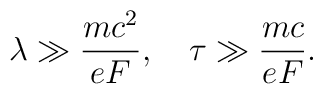
\lambda \gg \frac{mc^2}{eF},\quad \tau \gg \frac{mc}{eF}.